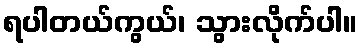
ရပါတယ်ကွယ်၊ သွားလိုက်ပါ။